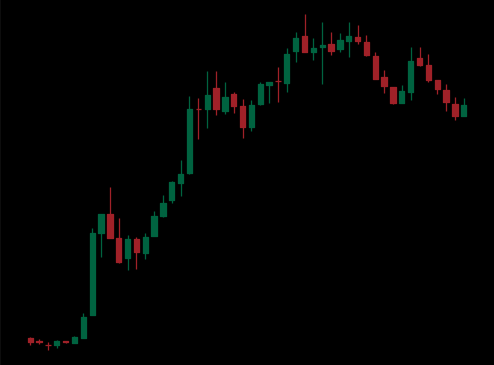
Pattern: bear_flag